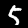
Label: 5